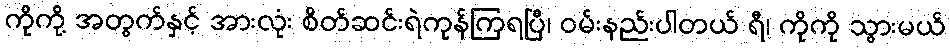
ကိုကို့ အတွက်နှင့် အားလုံး စိတ်ဆင်းရဲကုန်ကြရပြီ၊ ဝမ်းနည်းပါတယ် ရီ၊ ကိုကို သွားမယ်